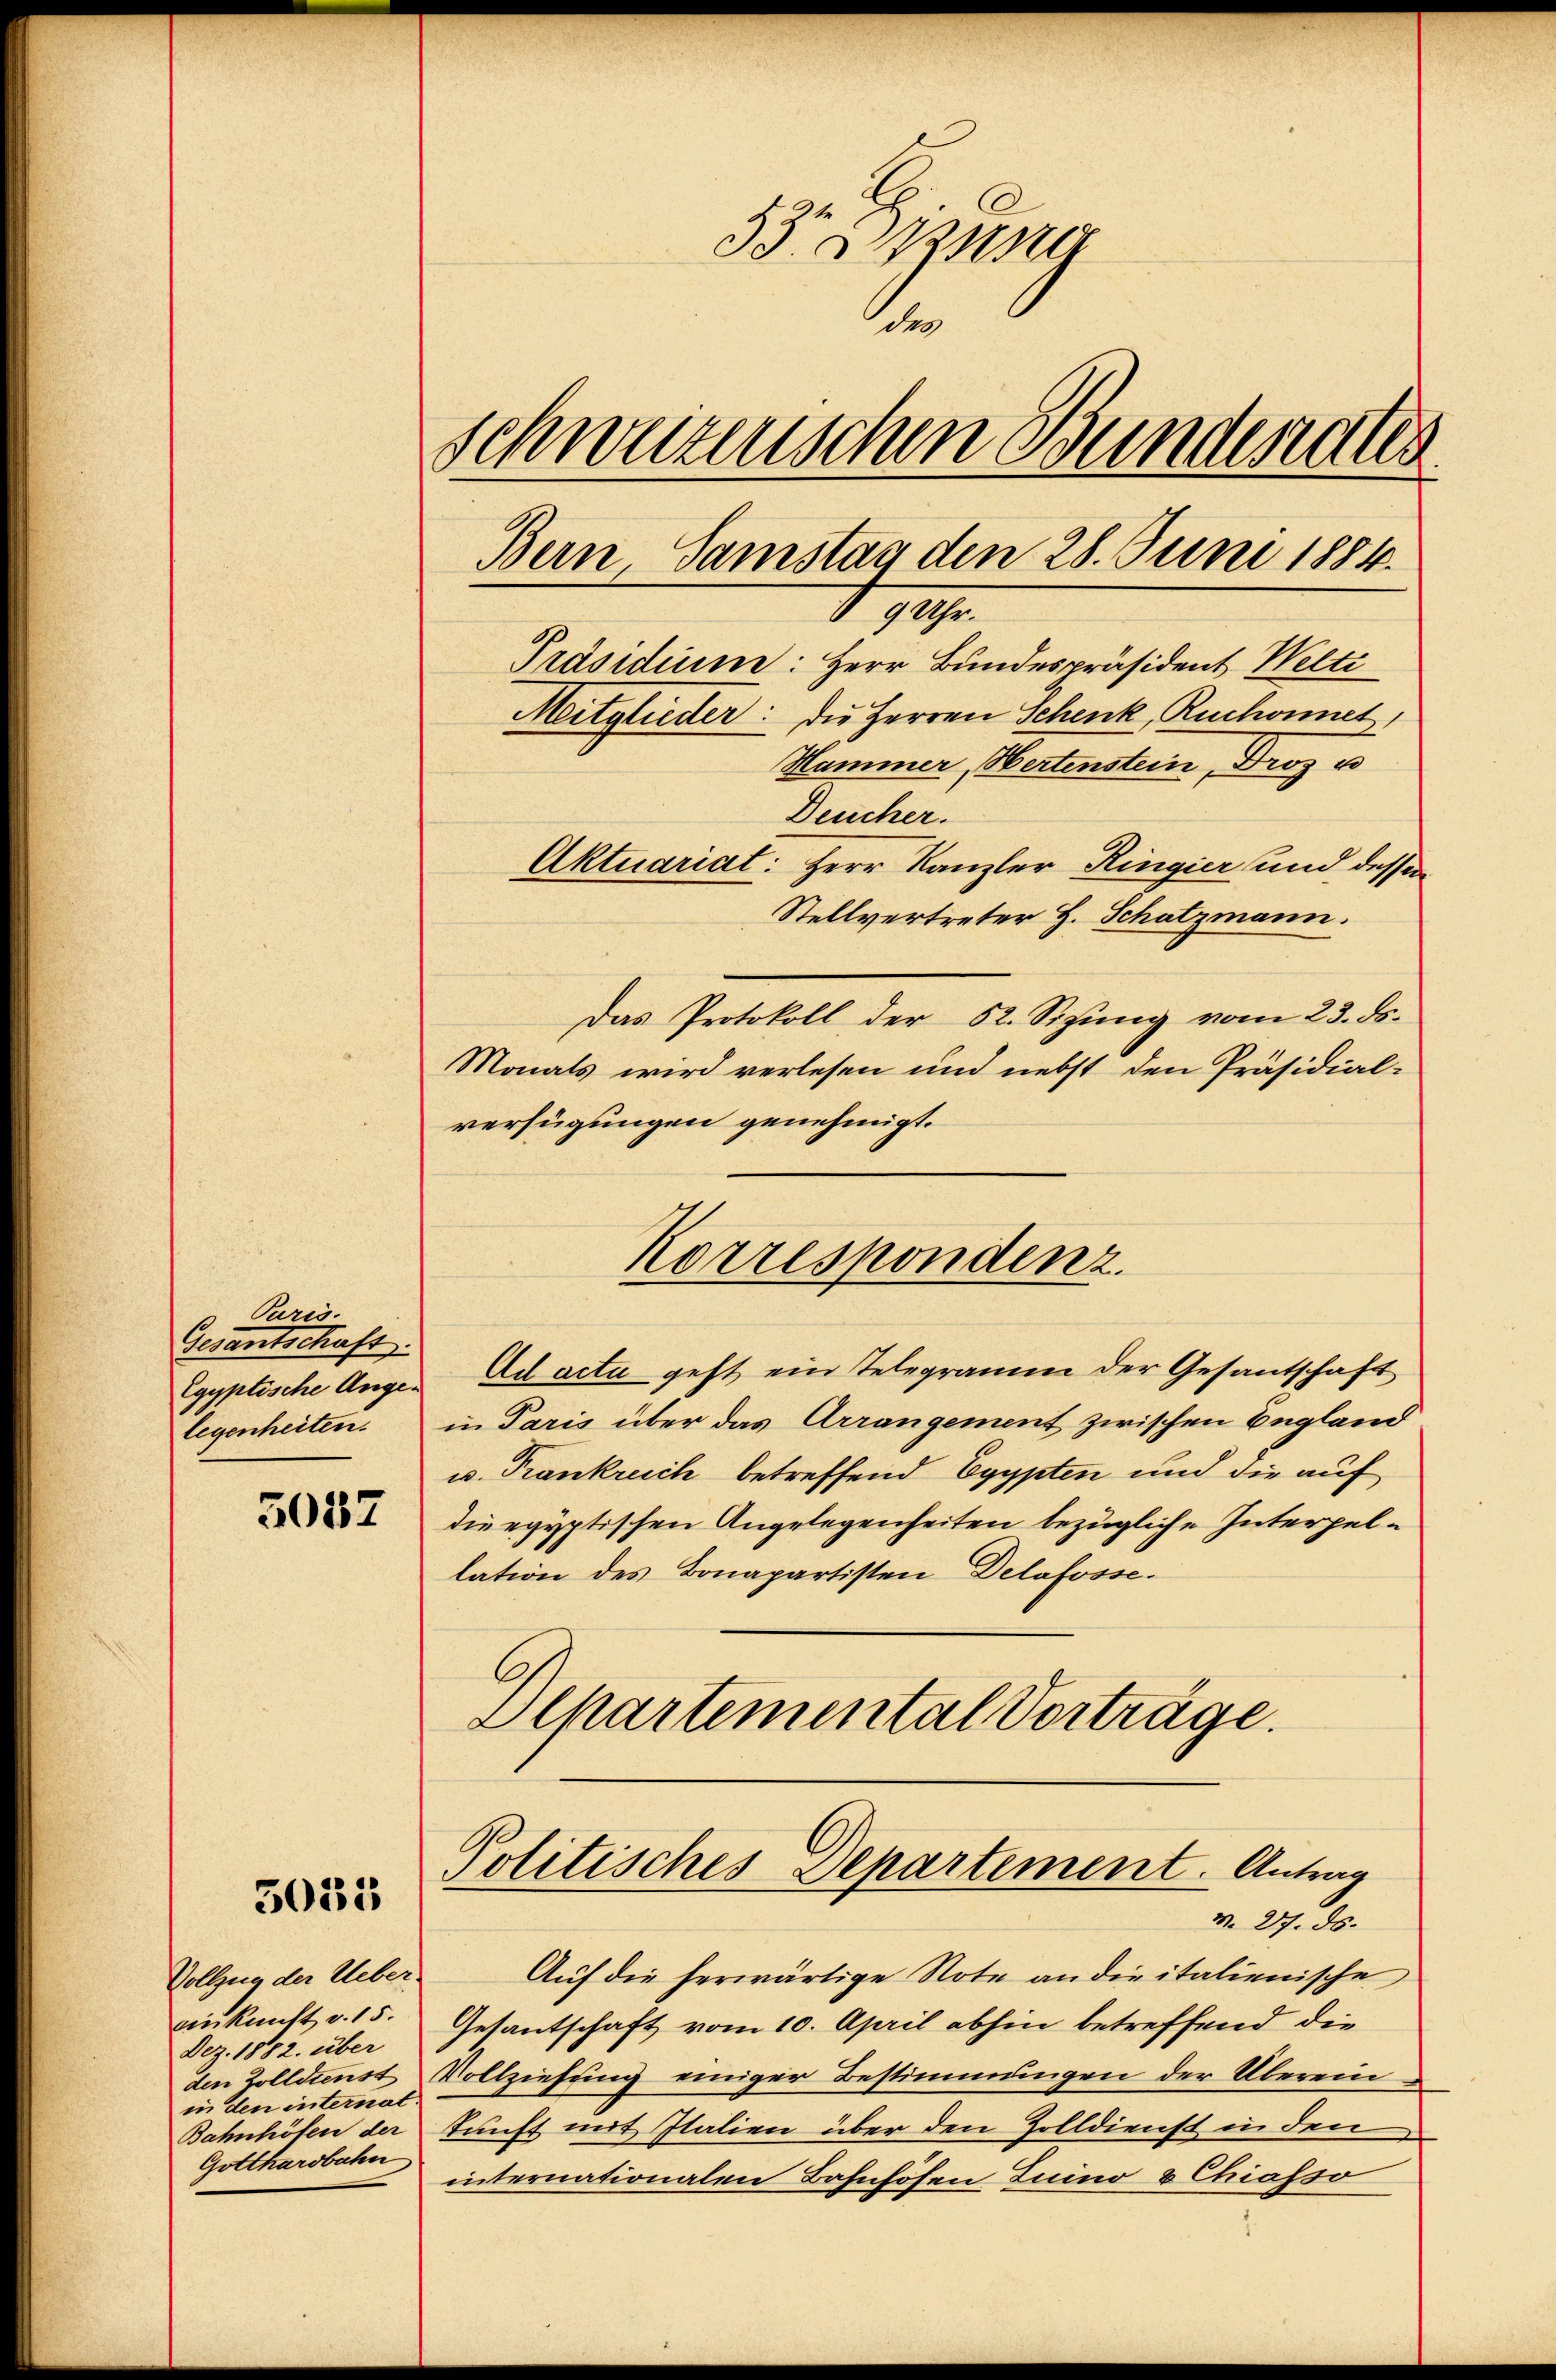
Paris.
Gesantschaft.
Egyptische Ange
legenheiten.

5037

3011

Vollzug der Uebereinkunft v. 15.
Dez. 1882. über
in den internat.
Bahnhöfen der
Gotthardbahn

33 Digna
de
schweizerischen Bundenates
Bern Samstag den 28. Juni 1884.

Mitglieder: die Herren Schenk, Ruchonnet,
Hammer, Hertenstein, Droz u
Deucher.
Aktuariat: Herr Kanzler Ringier, und dessen
Stellvertreter H. Schatzmann.
Das Protokoll der 62. Sizung vom 23. ds.
Monats wird verlesen und nebst den Präsidial-
verfügungen genehmigt.
Korrespondenz.
Ad acta geht ein Telegramm der Gesantschaft
in Paris über das Arrangement zwischen Begland
u. Frankreich betreffend Egypten und die auf
die egyptischen Angelegenheiten bezügliche Interpellation des Bonapartisten Delafosse.
Separtemental Vorträge.

I 94.

Politisches Departement. Antrag
m 27. ds.

Präsidium: Herr Bundespräsident Welti

Auf die herwärtige Note an die italienische
Gesantschaft vom 10. April abhin betreffend die
den Zolldienst Vollziehŭng einiger Bestimmungen der Überein
kunft mit Italien über den Zolldienst in den
internationalen Bahnhöfen Luino & Chiasso